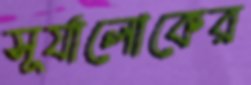
সূর্যালোকের